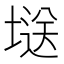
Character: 𭏘